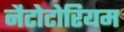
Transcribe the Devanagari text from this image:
नैटोटोरियम